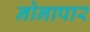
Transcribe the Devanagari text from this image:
नोनापार